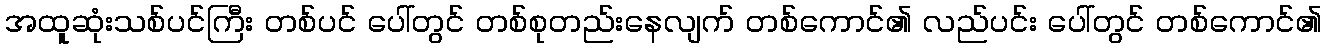
အထူဆုံးသစ်ပင်ကြီး တစ်ပင် ပေါ်တွင် တစ်စုတည်းနေလျက် တစ်ကောင်၏ လည်ပင်း ပေါ်တွင် တစ်ကောင်၏